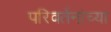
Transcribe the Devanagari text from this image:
परिवर्तनांच्या